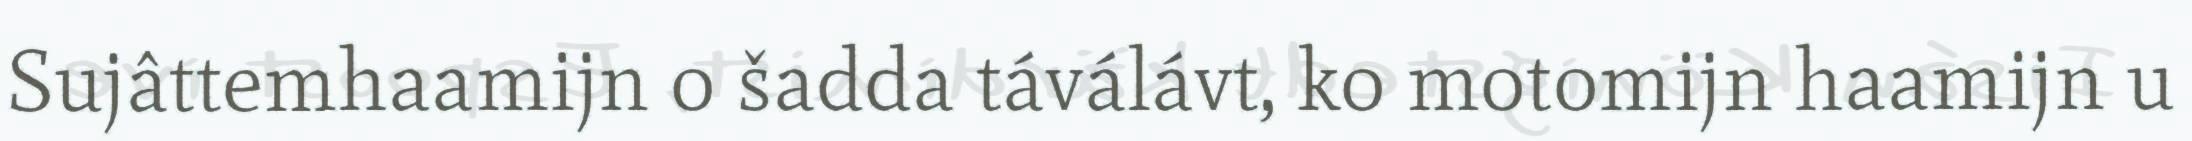
Sujâttemhaamijn o šadda táválávt, ko motomijn haamijn u